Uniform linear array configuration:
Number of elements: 8
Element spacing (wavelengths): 1
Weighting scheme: exponential
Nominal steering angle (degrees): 15
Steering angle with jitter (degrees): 16.386
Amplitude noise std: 0.05
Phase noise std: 0.05

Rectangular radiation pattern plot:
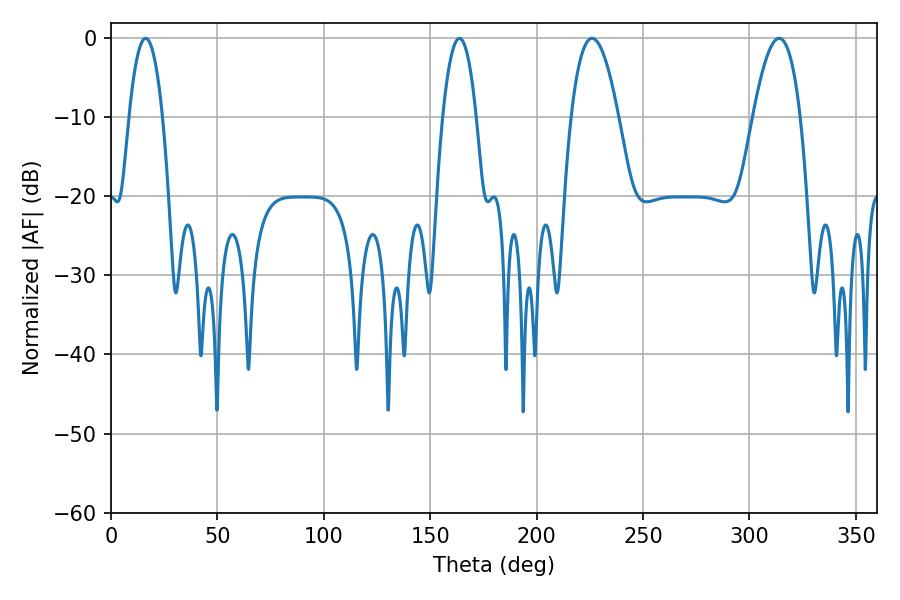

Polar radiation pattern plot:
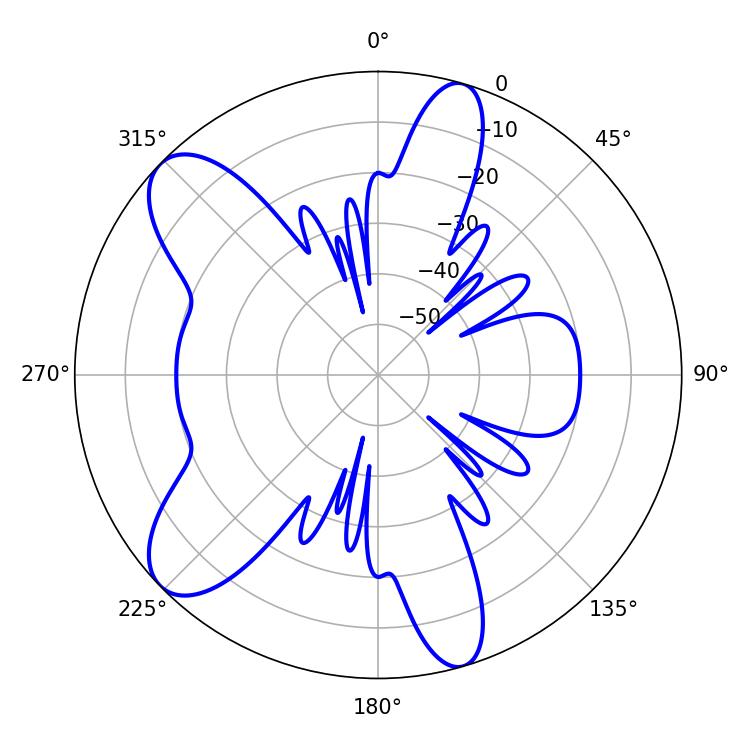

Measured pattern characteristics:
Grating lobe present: TRUE
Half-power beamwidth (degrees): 12.24
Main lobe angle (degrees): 313.92